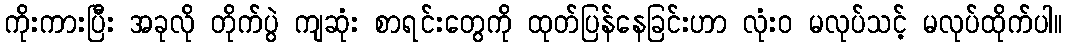
ကိုးကားပြီး အခုလို တိုက်ပွဲ ကျဆုံး စာရင်းတွေကို ထုတ်ပြန်နေခြင်းဟာ လုံး၀ မလုပ်သင့် မလုပ်ထိုက်ပါ။